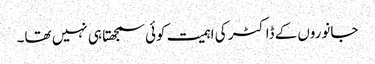
جانوروں‌کے ڈاکٹر کی اہمیت کوئی سمجھتا ہی نہیں تھا۔